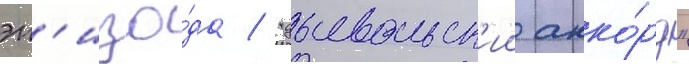
эп'изо́да / "дьявольск'ии акко́рд"